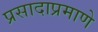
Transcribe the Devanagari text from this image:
प्रसादाप्रमाणे